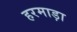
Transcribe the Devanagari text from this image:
हरमाड़ा